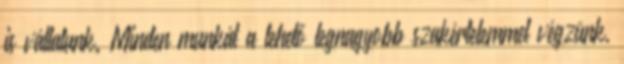
is vállalunk. Minden munkát a lehető legnagyobb szakértelemmel végzünk,